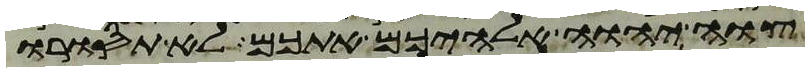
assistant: צוה יהוה אלהיכם אתכם לא תסורו